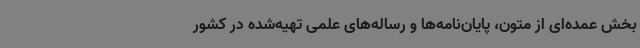
بخش عمده‌ای از متون، پایان‌نامه‌ها و رساله‌های علمی تهیه‌شده در کشور